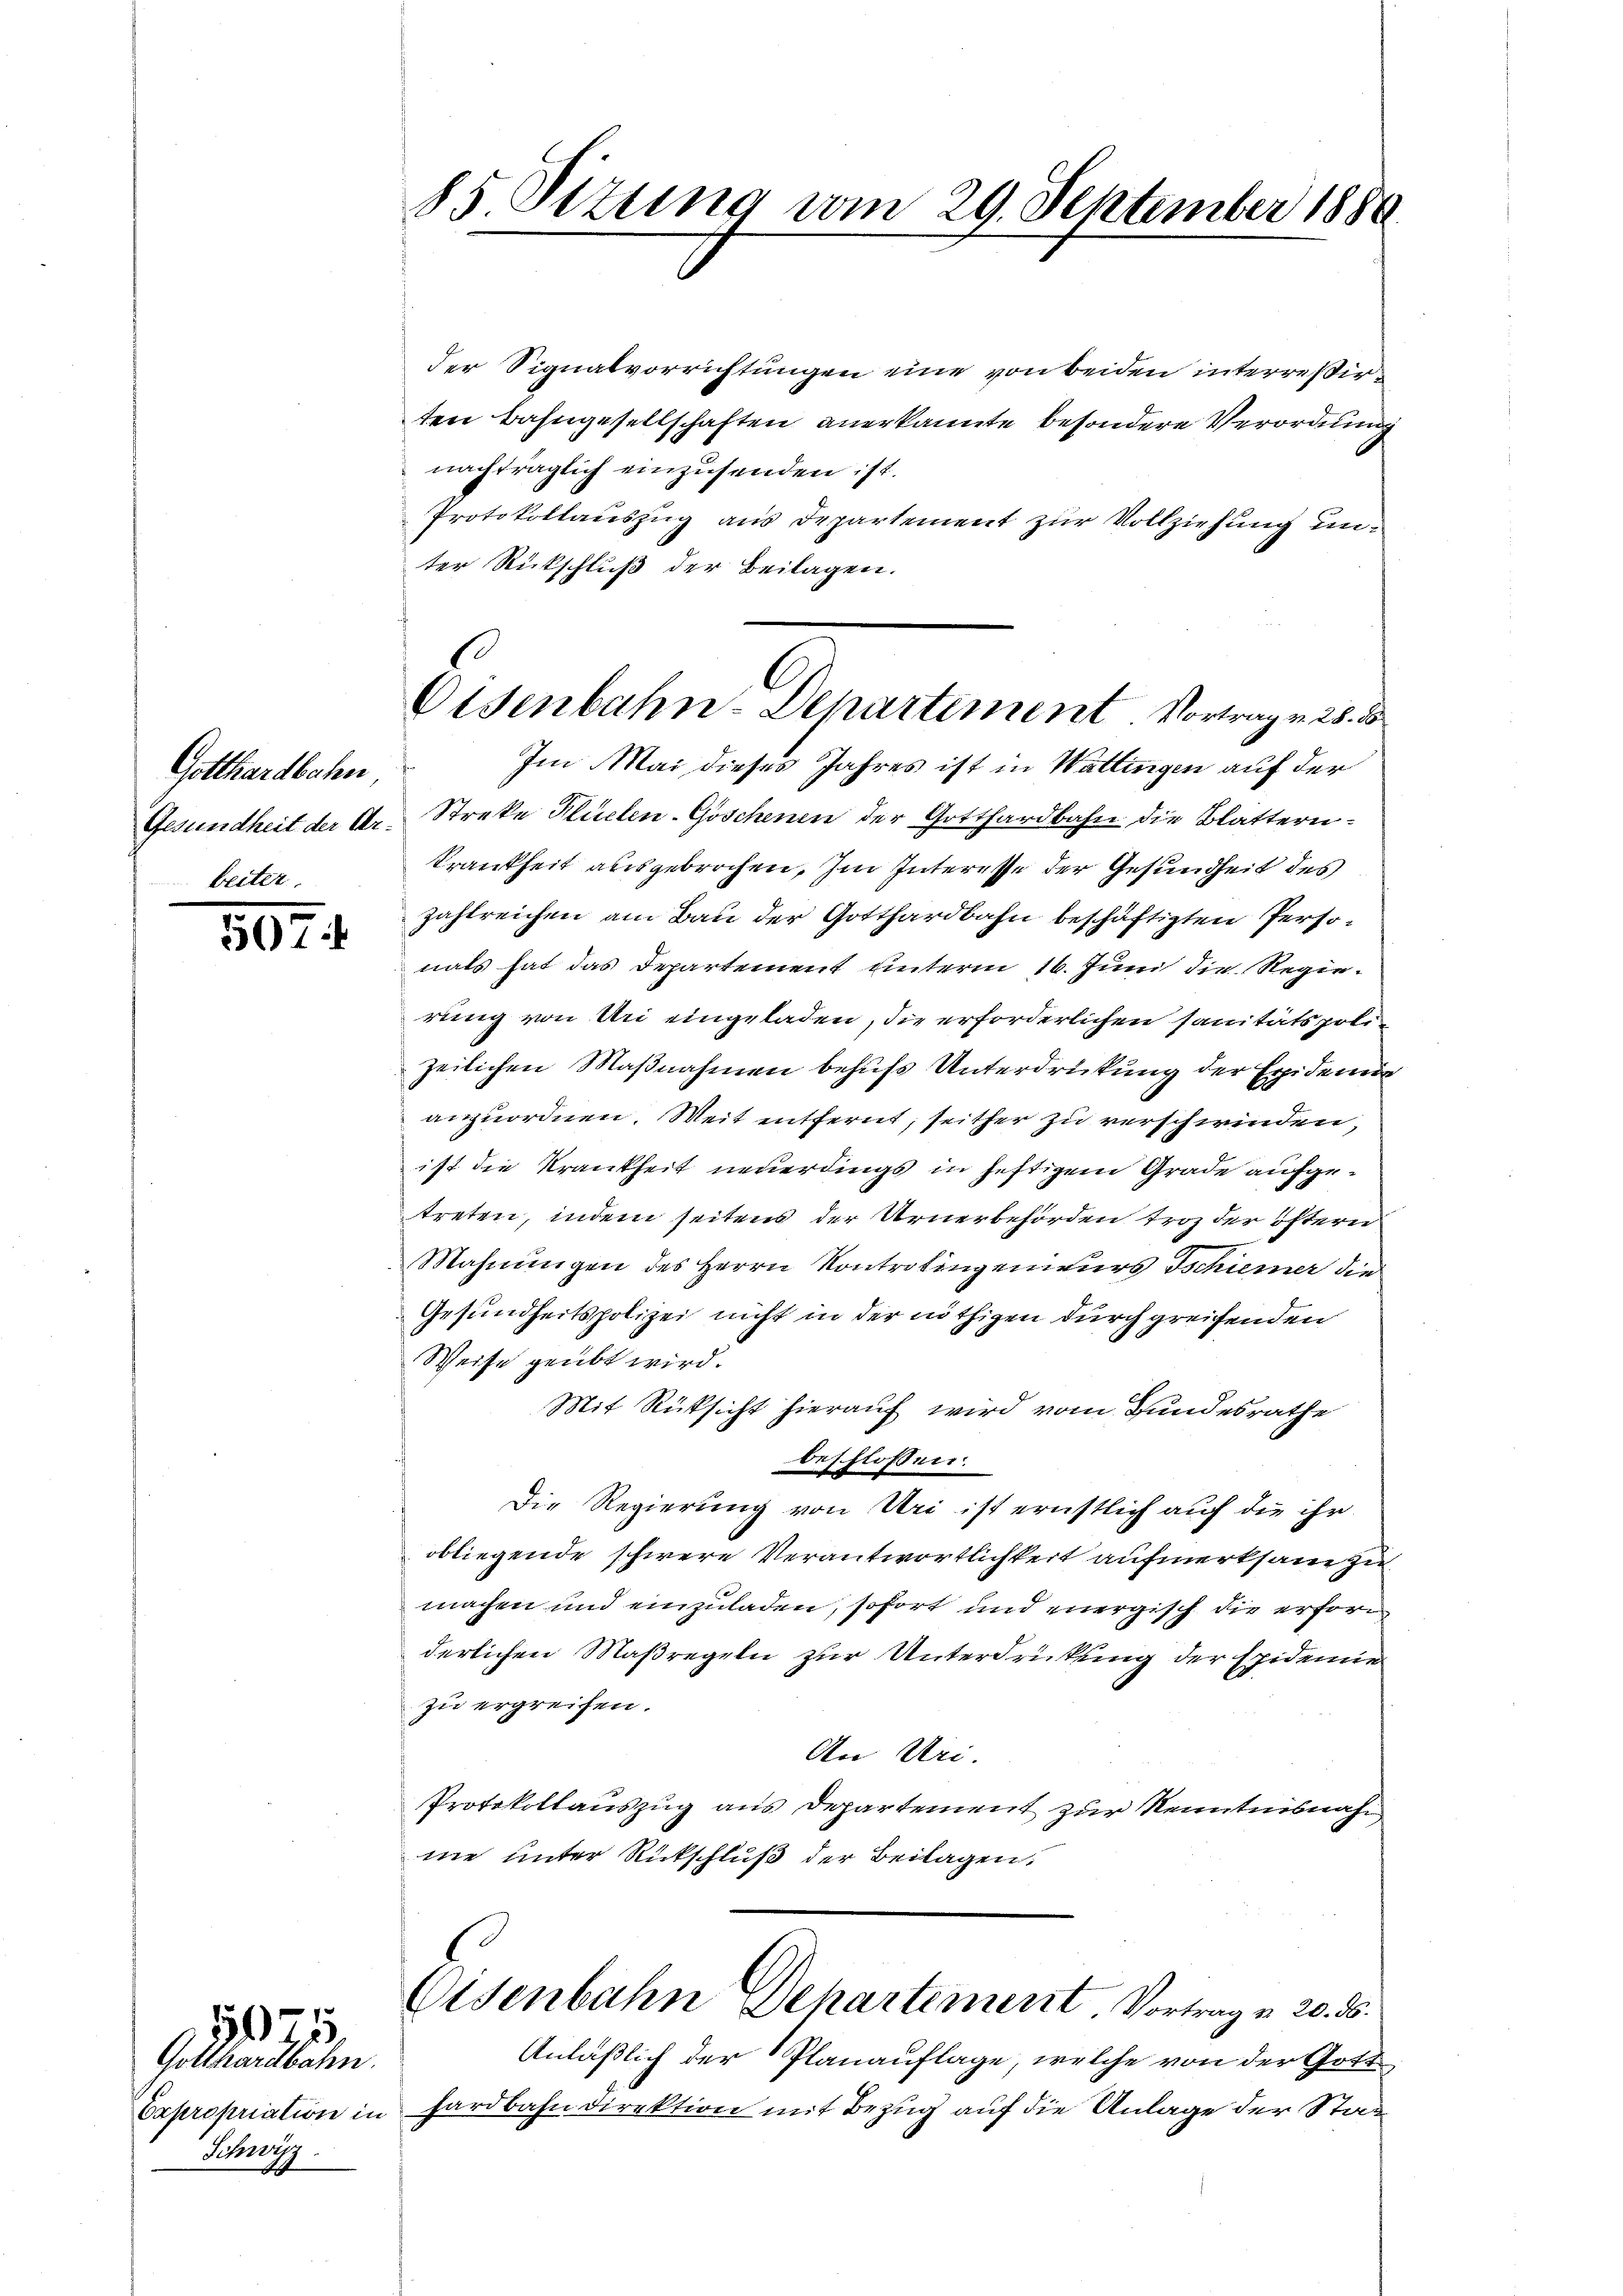
Gotthardbahn
Gesundheit der Ar-

5071

Schwyz.

16)
Gollisaulbahn.

der Signalvorrichtungen eine von beiden interressirten Bahngesellschaften anerkannte besondere Verordnung
nachträglich einzusenden ist.
Protokollauszug aus Departement zur Vollziehung unter Rückschluß der Beilagen.
Im Mai dieses Jahres ist in Wattingen auf der
Streke Kuchen-Goschenen der Gotthardbahn die Blattern.
Krankheit ausgebrochen. Im Interesse der Gesundheit des
zahlreichen am Bau der Gotthardbahn beschäftigten Persomals hat das Departement unterm 16. Jun die Regierung von Uri eingeladen, die erforderlichen sanitätspolizeilichen Maßnahmen behufs Unterdrückung der Epidema
anzuordnen. Weit entfernt, seither zu verschwinden,
ist die Krankheit neuerdings in heftigem Grade aufgetreten, indem seitens der Urnerbehörden troz der öftern
Mahnungen des Herrn Kontrolingenieurs Tschiener die
Gesundheitspolizei nicht in der nöthigen durchgreifenden
Weise geübt wird.
Mit Rücksicht hierauf wird vom Bundesrathe
beschlossen:
Die Regierung von Uri ist ernstlich auf die ihr
obliegende schwere Verantwortlichkeit aufmerksam zu
machen und einzuladen, sofort und energisch die erforderlichen Maßregeln zur Unterdrückung der Epidemie
zu ergreifen.
An Uri.
Protokollauszug aus Departement zur Kenntnisnah
me unter Rückschluß der Beitagen.
Eisenbahn Departement Vortrag u. 20. ds.
Anläßlich der Planauflage, welche von der Gott
Expropriation in Hardbahndirektion mit Bezug auf die Anlage der Stat¬

85 Sizung vom 29. September 1880

Eisenbahn-Departement Vortrag v. 28. 3